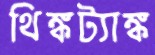
থিঙ্কট্যাঙ্ক